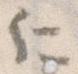
に